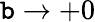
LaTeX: \mathtt{b}\rightarrow+0